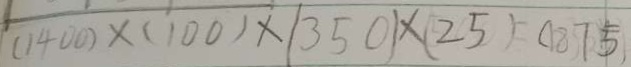
( 1 4 0 0 ) \times ( 1 0 0 ) \times ( 3 5 0 ) \times ( 2 5 ) = ( 1 8 7 5 )